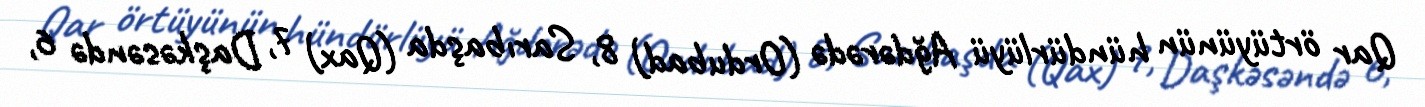
Qar örtüyünün hündürlüyü Ağdərədə (Ordubad) 8, Sarıbaşda (Qax) 7, Daşkəsəndə 6,